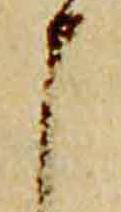
申